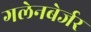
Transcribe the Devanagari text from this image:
गलेनबेर्जर